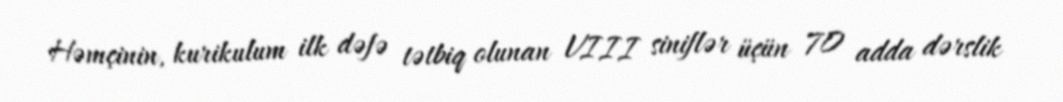
Həmçinin, kurikulum ilk dəfə tətbiq olunan VIII siniflər üçün 70 adda dərslik